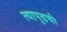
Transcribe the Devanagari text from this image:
त्यापुढची